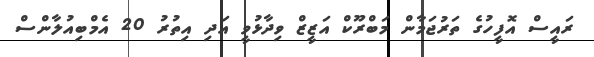
ރައީސް އޮފީހުގެ ތަރުޖަމާން މަބްރޫކް އަޒީޒް ވިދާޅުވީ އަދި އިތުރު 20 އެމްބިއުލާންސް